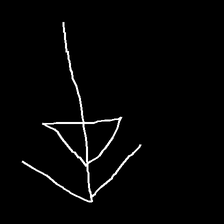
Glyph: pull